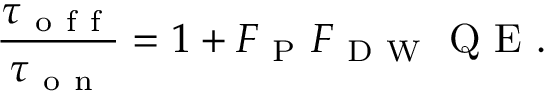
\frac { \tau _ { \mathrm { ~ o ~ f ~ f ~ } } } { \tau _ { \mathrm { ~ o ~ n ~ } } } = 1 + F _ { \mathrm { ~ P ~ } } F _ { \mathrm { ~ D ~ W ~ } } \mathrm { ~ Q ~ E ~ } .